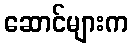
ဆောင်များက